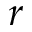
r